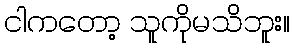
ငါကတော့ သူကိုမသိဘူး။